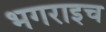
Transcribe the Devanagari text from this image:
भगराइच